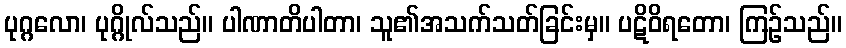
ပုဂ္ဂလော၊ ပုဂ္ဂိုလ်သည်။ ပါဏာတိပါတာ၊ သူ၏အသက်သတ်ခြင်းမှ။ ပဋိဝိရတော၊ ကြဉ်သည်။